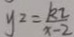
y ^ { 2 } = \frac { k 2 } { x - 2 }